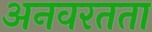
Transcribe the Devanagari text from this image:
अनवरतता